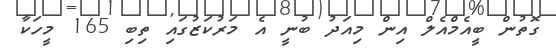
ގޮތުން ބީއެމްއެލް އިން މިއަދު ބުނީ އެ މަރުކަޒުގައި ތިބި 165 މީހަކާ